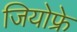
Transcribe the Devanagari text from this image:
जियोफ्रे